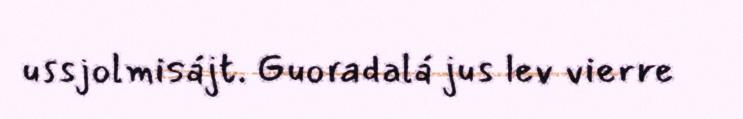
ussjolmisájt. Guoradalá jus lev vierre